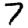
Digit: 7